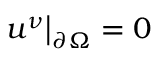
u ^ { \nu } \bigr \rvert _ { \partial \Omega } = 0